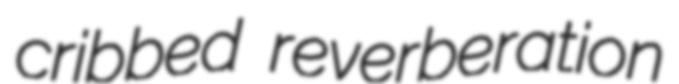
cribbed reverberation